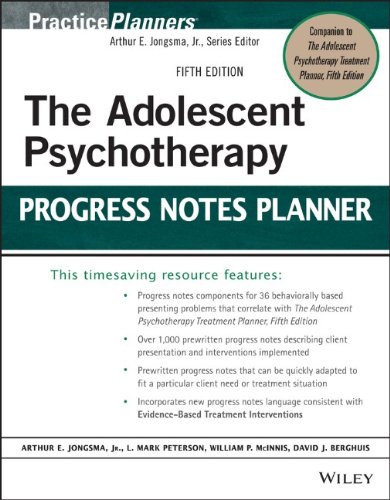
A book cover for The Adolescent Psychotherapy Progress Notes Planner (PracticePlanners); Arthur E. Jongsma Jr.; Medical Books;